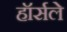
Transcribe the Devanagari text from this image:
हॉर्सले